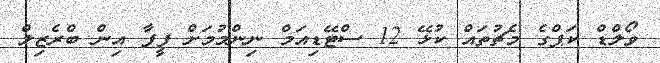
ވޯލްޑް ކަޕްގެ މެޗުތައް ކުޅޭ 12 ސްޓޭޑިއަމް ނިންމުމަށް ފީފާ އިން ބްރެޒިލް